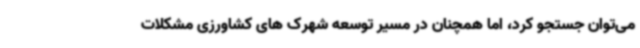
می‌توان جستجو کرد، اما همچنان در مسیر توسعه شهرک های کشاورزی مشکلات